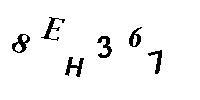
8EH367